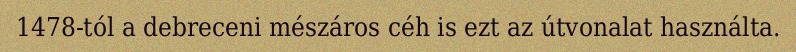
1478-tól a debreceni mészáros céh is ezt az útvonalat használta.